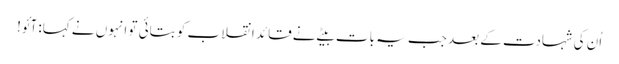
اُن کی شہادت کے بعد جب یہ بات بیٹے نے قائد انقلاب کو بتائی تو انہوں نے کہا: آئو!